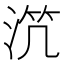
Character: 𣵸